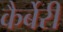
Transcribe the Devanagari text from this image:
कैर्बेरी